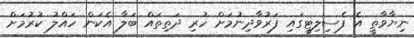
ނިޔާވާތީ އެ ފެސިލިޓީގައި ފަރުވާދިނުމަށް ހުރި ދަތިތައް ބަލާ އެކަން ހައްލު ކުރުމަށް